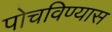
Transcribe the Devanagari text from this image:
पोचविण्यास